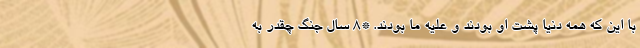
با این که همه دنیا پشت او بودند و علیه ما بودند. *۸ سال جنگ چقدر به